Leningradi_Edasi_toimetus, lk 202
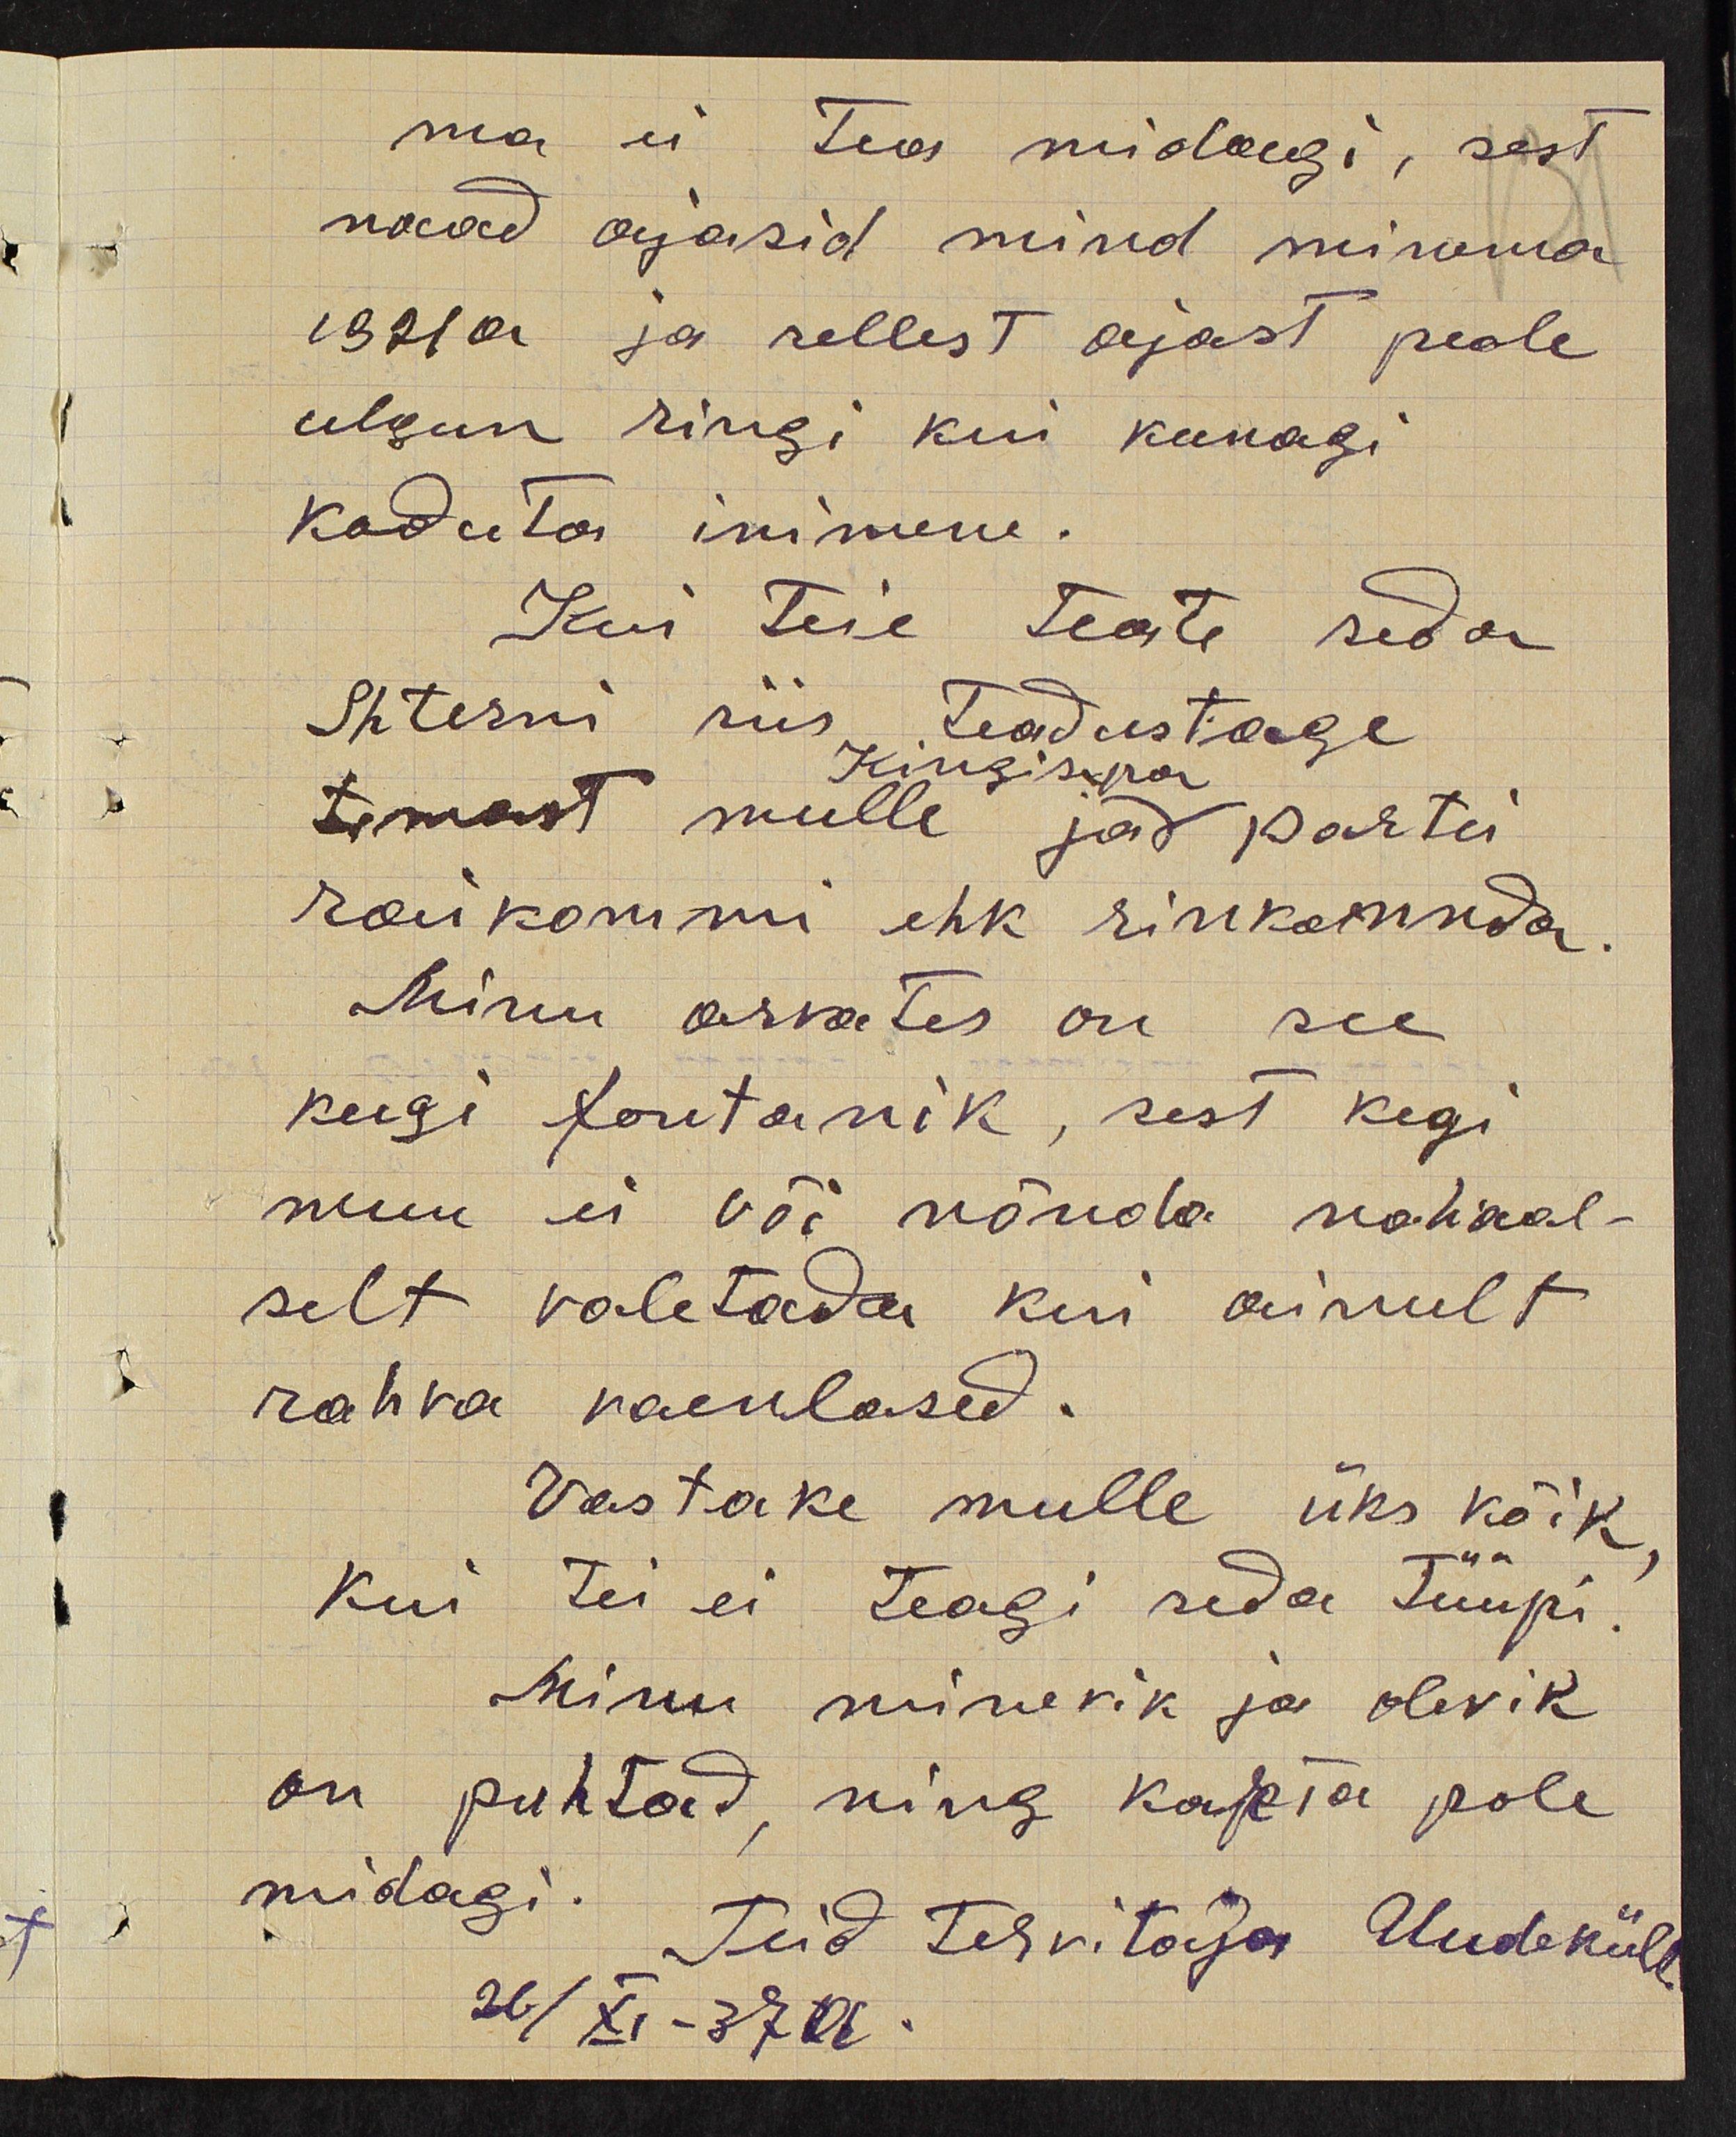
ma ei tea midagi, sest
naad ajasid mind minema
1921 a ja sellest ajast peale
ulgun ringi kui kunagi
koduta inimene.
Kui teie teate seda
Shterni siis teadustage
Kingisepa
temast mulle ja partei
raikommi ehk rinkonnda.
Minu arvates on see
keegi fontanik, sest kegi
muu ei või nõnda nahaal-
selt valetada kui ainult
rahva vaenlased.
Vastake mulle üks kõik
Kui tei ei teagi seda tüüpi.
Minu minevik ja olevik
on puhtad, ning karta pole
midagi. Teid tervitaja Uudeküll.
26/XI -37a.